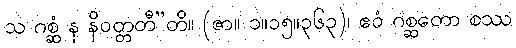
သ ဂစ္ဆံ န နိဝတ္တတီ”တိ။ (ဇာ။ ၁။၁၅။၃၆၃)၊ ဧဝံ ဂစ္ဆတော စဿ